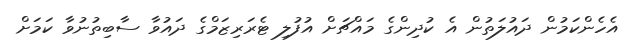
އެހެންކަމުން ދައުލަތުން އެ ކުދިންގެ މައްޗަށް އުފުލި ޓެރަރިޒަމްގެ ދައުވާ ސާބިތުނުވާ ކަމަށް